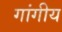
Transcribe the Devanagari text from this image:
गांगीय